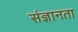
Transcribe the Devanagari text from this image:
संज्ञानता